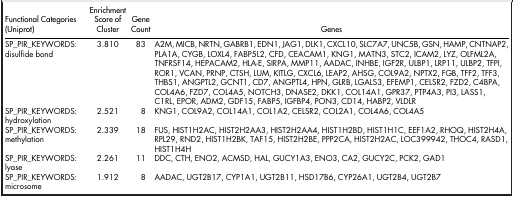
| Functional Categories (Uniprot) | Enrichment Score of Cluster | Gene Count | Genes |
 | --- | --- | --- | --- |
 | SP_PIR_KEYWORDS: disulfide bond | 3.810 | 83 | A2M, MICB, NRTN, GABRB1, EDN1, JAG1, DLK1,CXCL10, SLC7A7, UNC5B, GSN, HAMP, CNTNAP2, PLA1A, CYGB, LOXL4,FABP5L2, CFD, CEACAM1, KNG1, MATN3, STC2, ICAM2, LYZ, OLFML2A,TNFRSF14, HEPACAM2, HLA-E, SIRPA, MMP11, AADAC, INHBE, IGF2R, ULBP1,LRP11, ULBP2, TFPI, ROR1, VCAN, PRNP, CTSH, LUM, KITLG, CXCL6,LEAP2, AHSG, COL9A2, NPTX2, FGB, TFF2, TFF3, THBS1, ANGPTL2, GCNT1,CD7, ANGPTL4, HPN, GLRB, LGALS3, EFEMP1, CELSR2, FZD2, C4BPA,COL4A6, FZD7, COL4A5, NOTCH3, DNASE2, DKK1, COL14A1, GPR37, PTP4A3,PI3, LASS1, C1RL, EPOR, ADM2, GDF15, FABP5, IGFBP4, PON3, CD14,HABP2, VLDLR |
 | SP_PIR_KEYWORDS: hydroxylation | 2.521 | 8 | KNG1, COL9A2, COL14A1, COL1A2, CELSR2, COL2A1,COL4A6, COL4A5 |
 | SP_PIR_KEYWORDS: methylation | 2.339 | 18 | FUS, HIST1H2AC, HIST2H2AA3, HIST2H2AA4,HIST1H2BD, HIST1H1C, EEF1A2, RHOQ, HIST2H4A, RPL29, RND2, HIST1H2BK,TAF15, HIST2H2BE, PPP2CA, HIST2H2AC, LOC399942, THOC4, RASD1,HIST1H4H |
 | SP_PIR_KEYWORDS: lyase | 2.261 | 11 | DDC, CTH, ENO2, ACMSD, HAL, GUCY1A3, ENO3, CA2,GUCY2C, PCK2, GAD1 |
 | SP_PIR_KEYWORDS: microsome | 1.912 | 8 | AADAC, UGT2B17, CYP1A1, UGT2B11, HSD17B6,CYP26A1, UGT2B4, UGT2B7 |